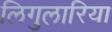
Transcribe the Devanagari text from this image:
लिगुलारिया